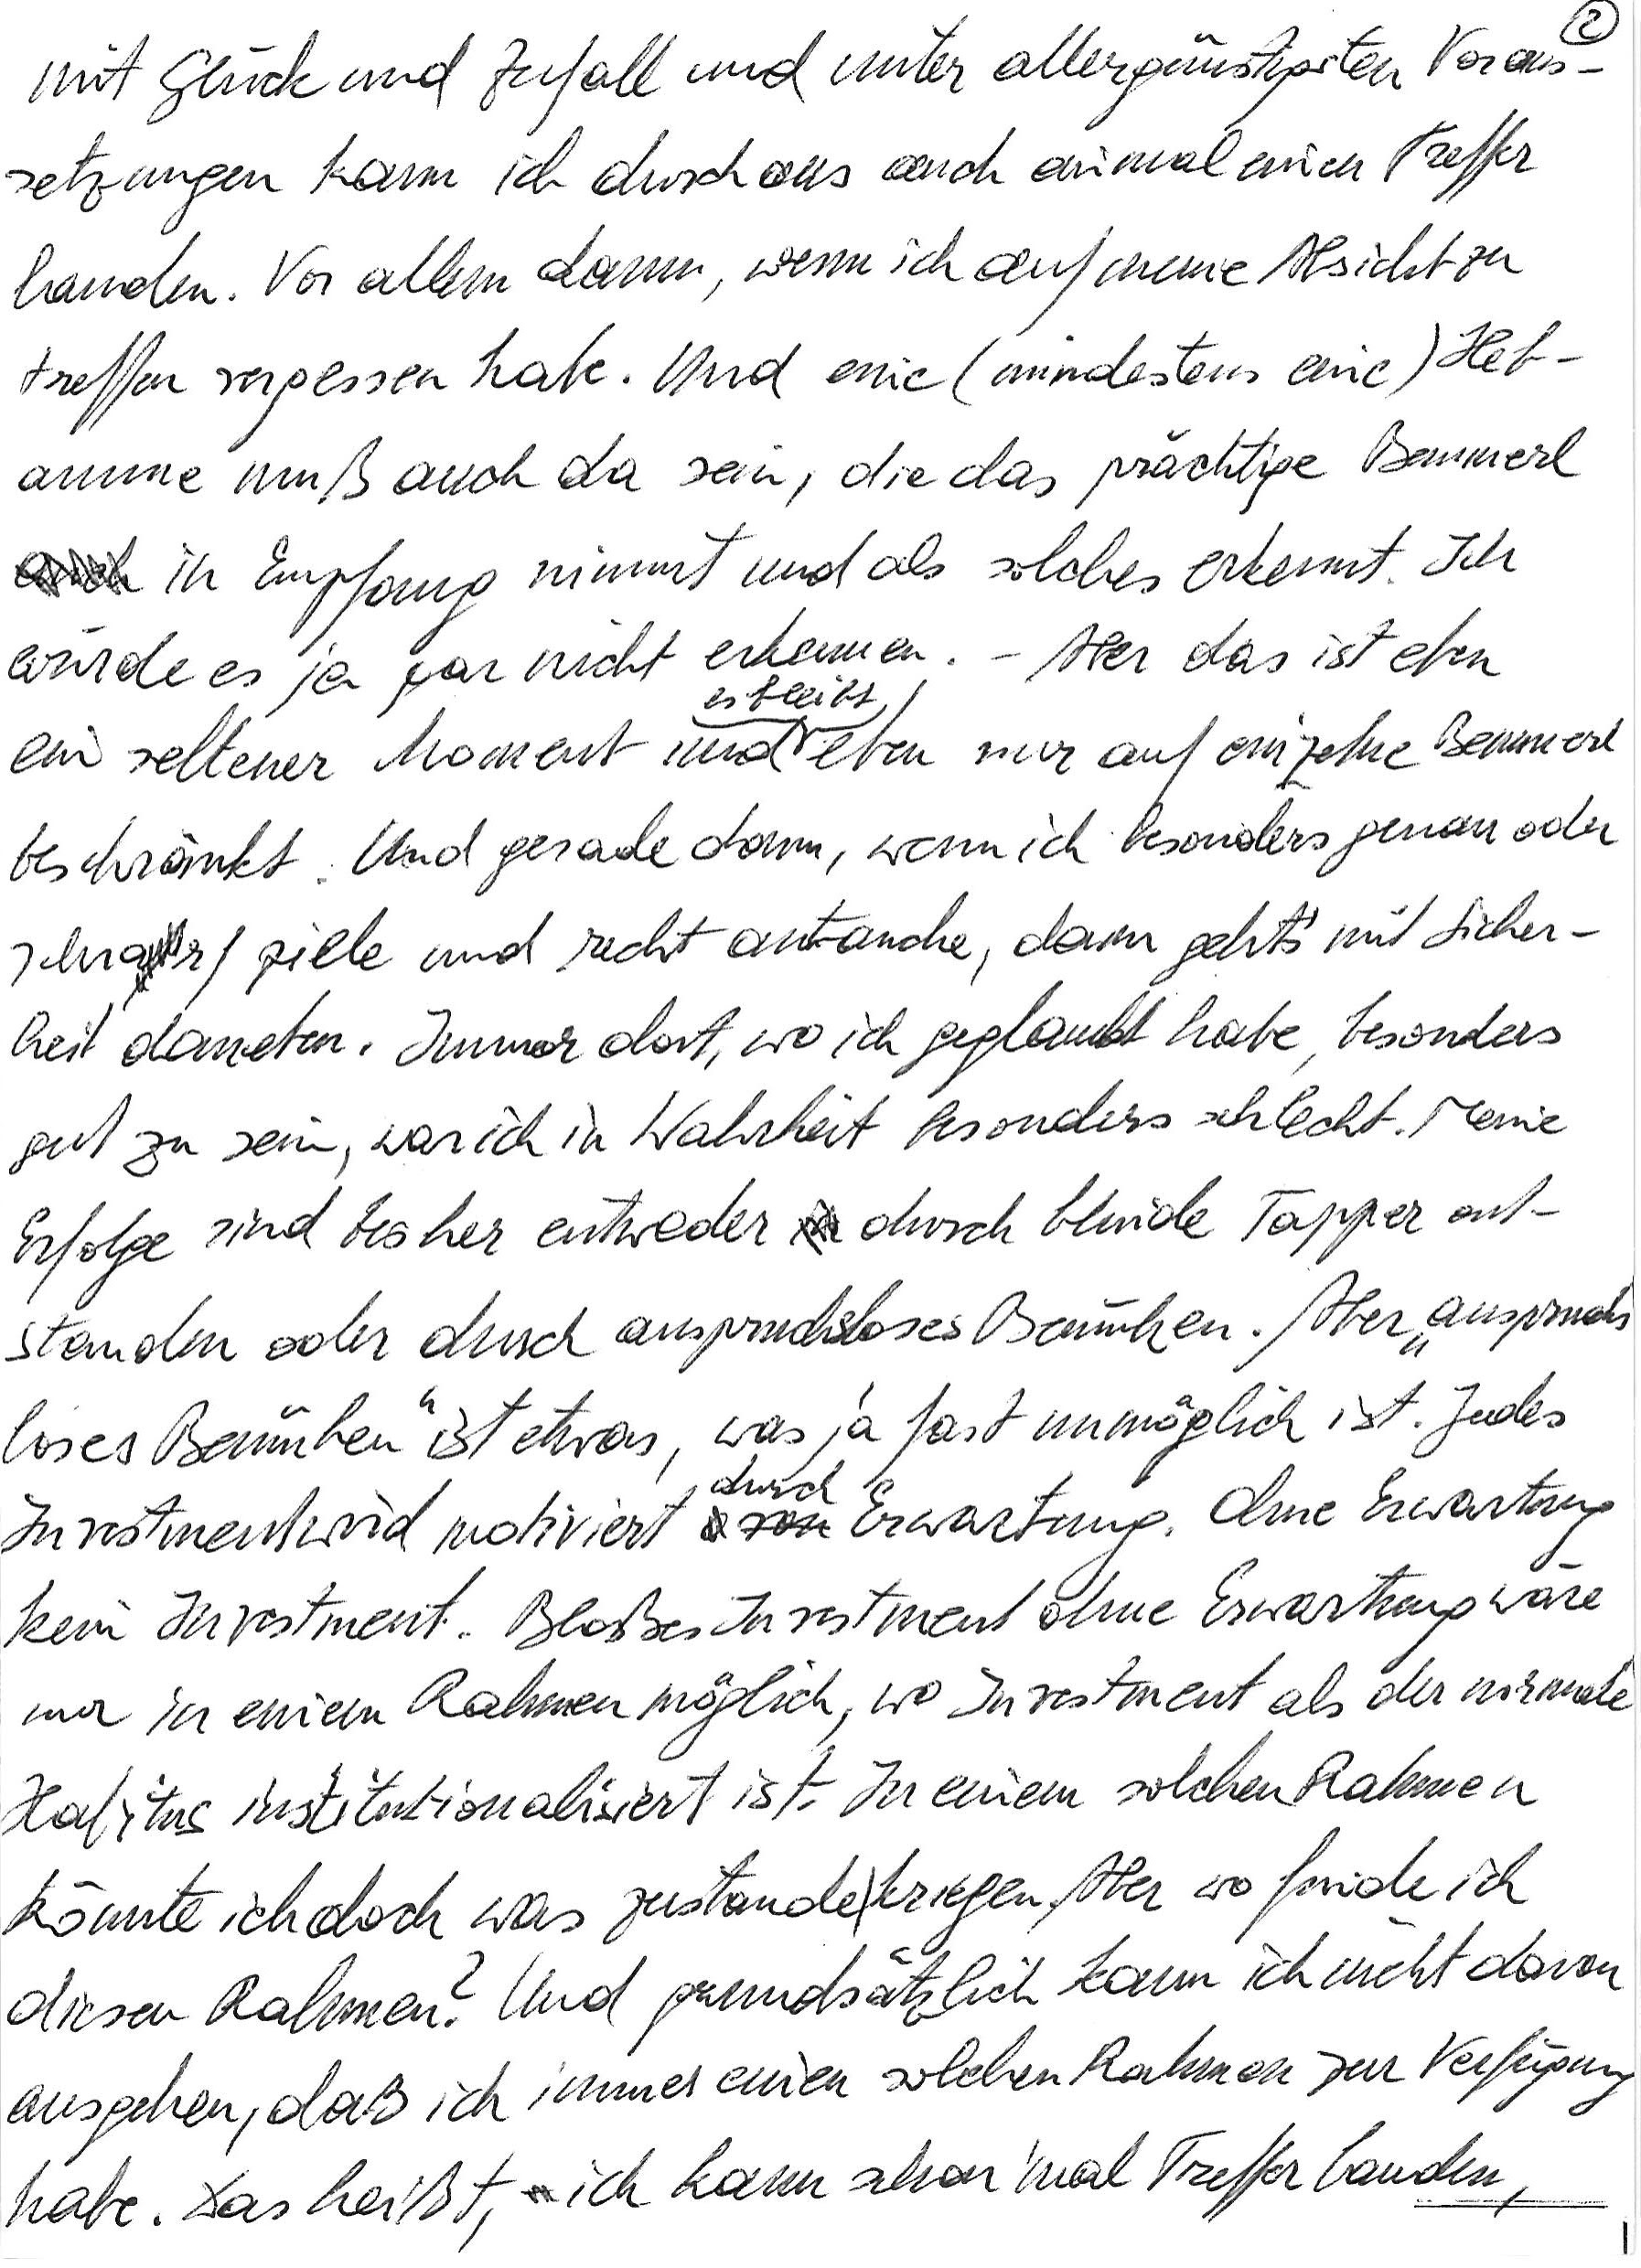
mit Glück und Zufall und unter allergünstigsten Voraus-
setzungen kann ich durchaus auch einmal einen Treffer
landen. Vor allem dann, wenn ich auf meine Absicht zu
treffen vergessen habe. Und eine (mindestens eine) Heb-
amme muß auch da sein, die das prächtige Bemmerl
in Empfang nimmt und als solches erkennt. Ich
würde es ja gar nicht erkennen. – Aber das ist eben
ein seltener Moment und es bleibt eben nur auf einzelne Bemmerl
beschränkt. Und gerade dann, wenn ich besonders genau oder
scharf ziele und recht antauche, dann geht’s mit Sicher-
heit daneben. Immer dort, wo ich geglaubt habe, besonders
gut zu sein, war ich in Wahrheit besonders schlecht. Meine
Erfolge sind bisher entweder durch blinde Tapper ent-
standen oder durch anspruchsloses Bemühen. Aber „anspruchs-
loses Bemühen“ ist etwas, was ja fast unmöglich ist. Jedes
Investment wird motiviert durch Erwartung. Ohne Erwartung
kein Investment. Bloßes Investment ohne Erwartung wäre
nur in einem Rahmen möglich, wo Investment als der normale
Habitus institutionalisiert ist. In einem solchen Rahmen
könnte ich doch was zustande kriegen. Aber wo finde ich
diesen Rahmen? Und grundsätzlich kann ich nicht davon
ausgehen, daß ich immer einen solchen Rahmen zur Verfügung
habe. Das heißt, ich kann schon ‘mal Treffer landen,